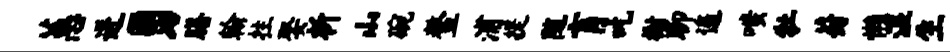
蕙迸勇膳翰拄娶析山碗鳌浦提随肓吃榭聊遥嗤牡葑懒湿生